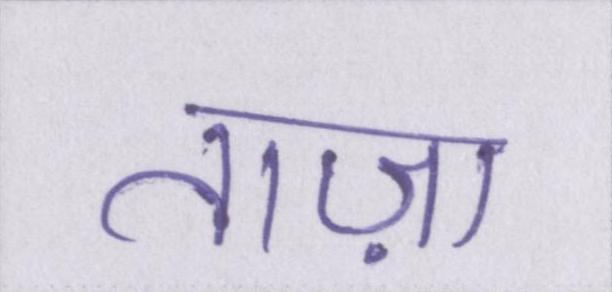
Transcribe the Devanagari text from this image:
ताज़ा